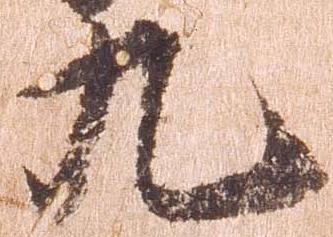
九